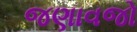
જણાવજો